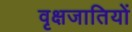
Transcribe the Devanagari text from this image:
वृक्षजातियों